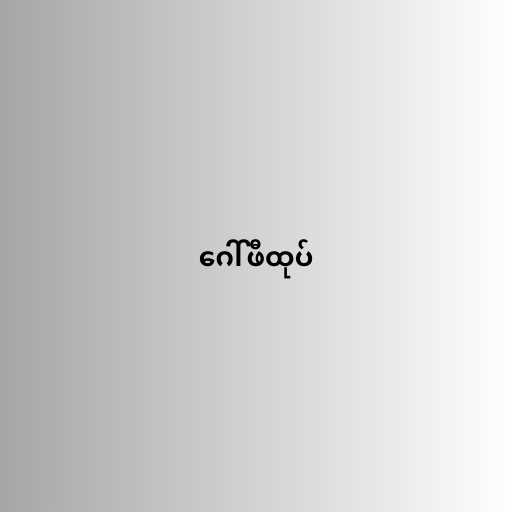
ဂေါ်ဖီထုပ်